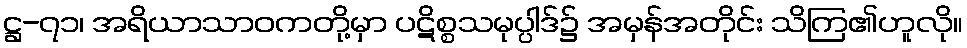
ဋ္ဌ-၇၁၊ အရိယာသာဝကတို့မှာ ပဋိစ္စသမုပ္ပါဒ်၌ အမှန်အတိုင်း သိကြ၏ဟူလို။